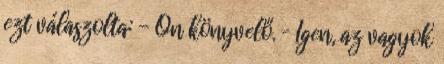
ezt válaszolta: - Ön könyvelő. – Igen, az vagyok